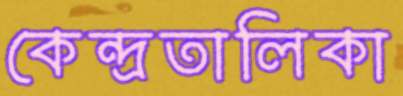
কেন্দ্রতালিকা